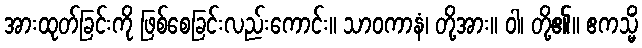
အားထုတ်ခြင်းကို ဖြစ်စေခြင်းလည်းကောင်း။ သာဝကာနံ၊ တို့အား။ ဝါ၊ တို့၏။ ဧကသ္မိံ